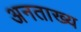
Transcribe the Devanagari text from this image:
अनताख्य